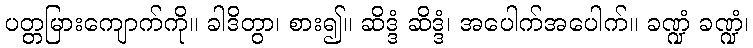
ပတ္တမြားကျောက်ကို။ ခါဒိတွာ၊ စား၍။ ဆိဒ္ဒံ ဆိဒ္ဒံ၊ အပေါက်အပေါက်။ ခဏ္ဍံ ခဏ္ဍံ၊